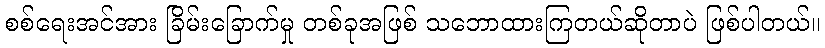
စစ်ရေးအင်အား ခြိမ်းခြောက်မှု တစ်ခုအဖြစ် သဘောထားကြတယ်ဆိုတာပဲ ဖြစ်ပါတယ်။